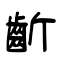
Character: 齗